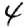
Digit: 4